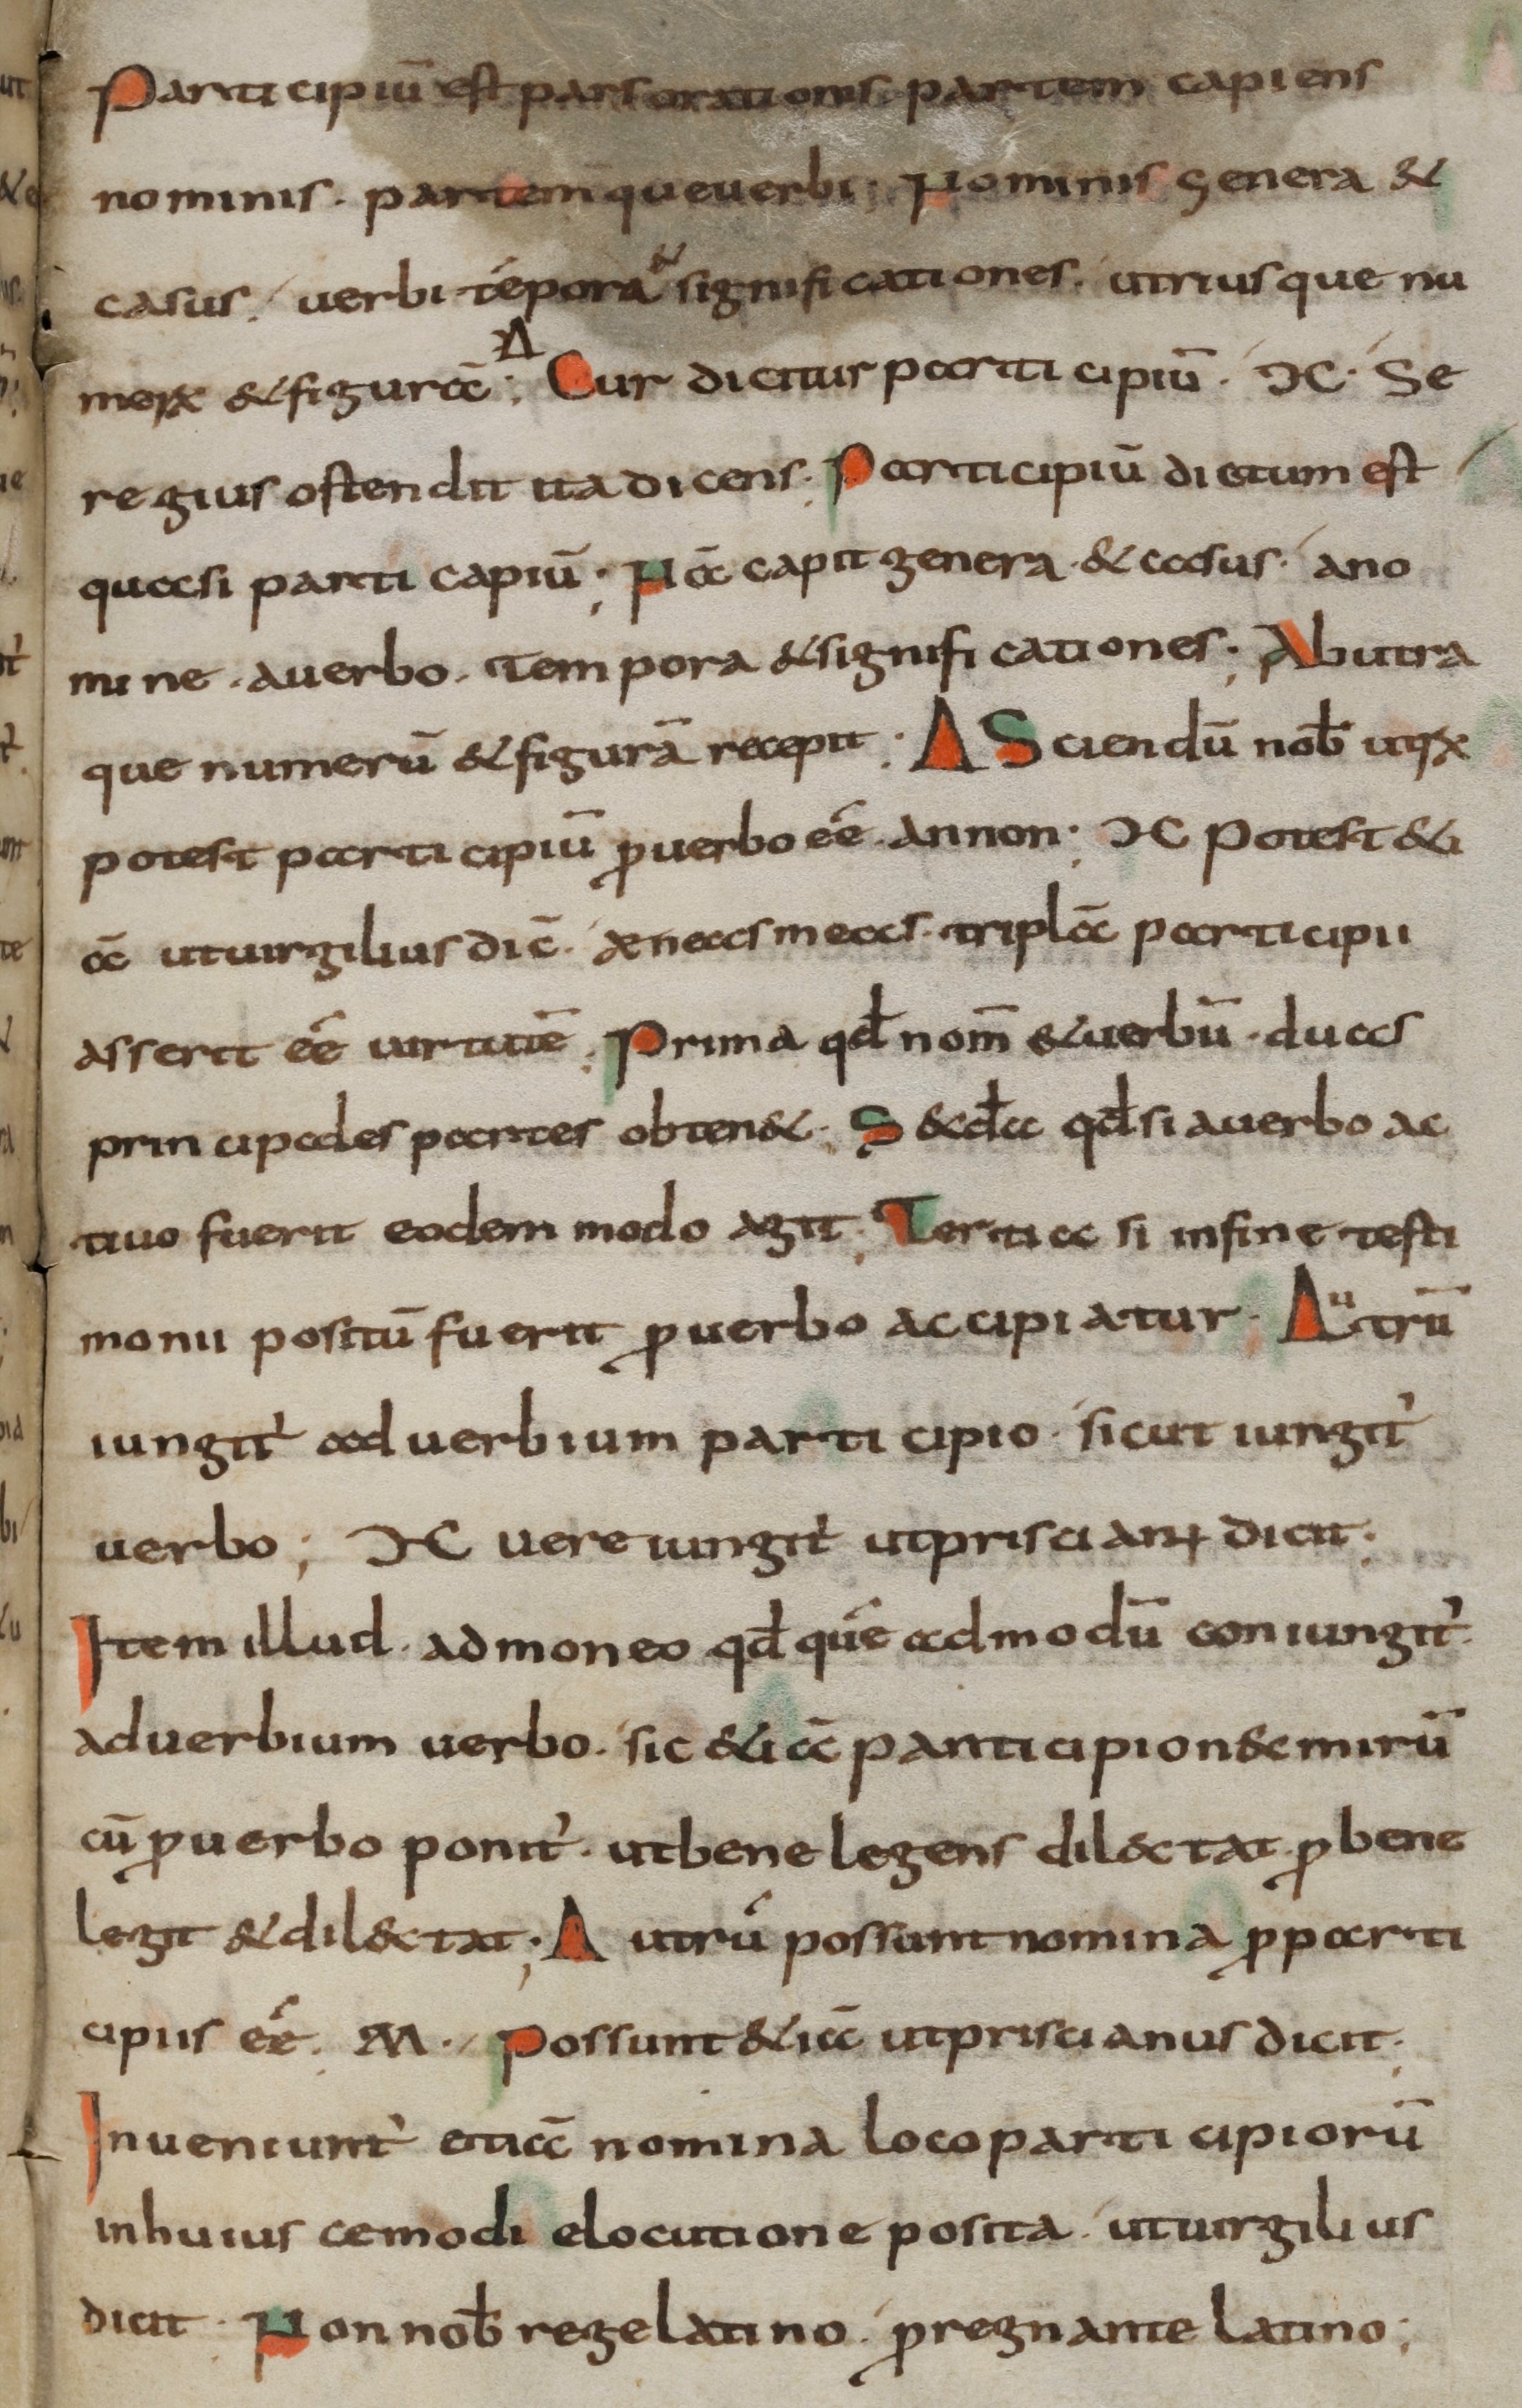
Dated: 800–899